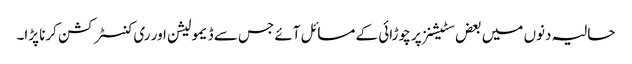
حالیہ دنوں میں بعض سٹیشنز پر چوڑائی کے مسائل آئے جس سے ڈیمولیشن اور ری کنسٹرکشن کرنا پڑا۔